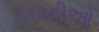
બઢતીઓ